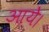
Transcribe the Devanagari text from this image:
आयेे।